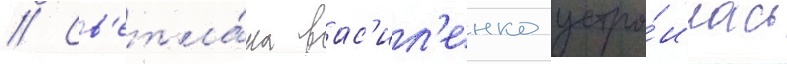
// Св'етла́на вас'ил'енко устро́илась